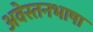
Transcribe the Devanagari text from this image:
अवेस्तनभाषा